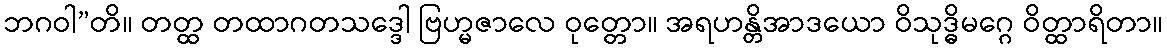
ဘဂဝါ”တိ။ တတ္ထ တထာဂတသဒ္ဒေါ ဗြဟ္မဇာလေ ဝုတ္တော။ အရဟန္တိအာဒယော ဝိသုဒ္ဓိမဂ္ဂေ ဝိတ္ထာရိတာ။